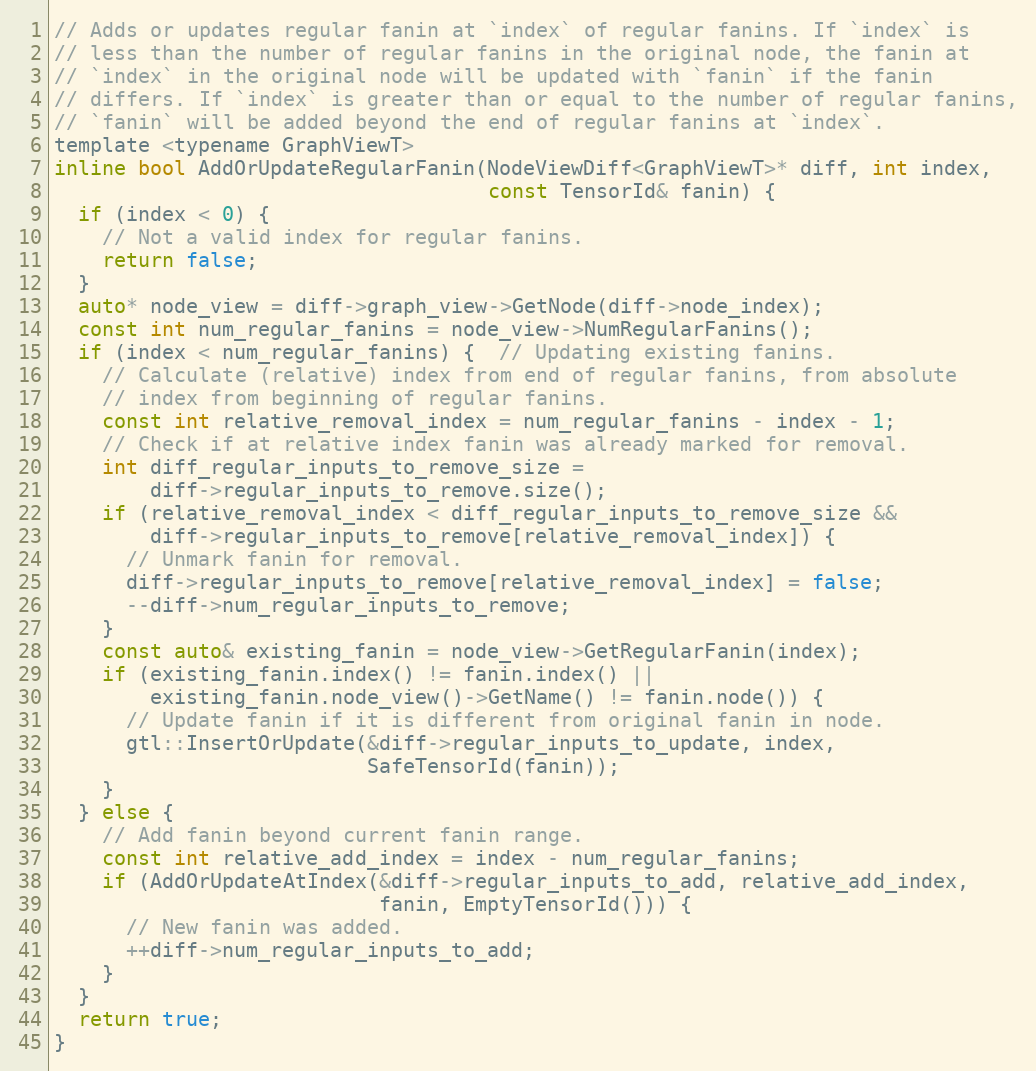
Language: C
// Adds or updates regular fanin at `index` of regular fanins. If `index` is
// less than the number of regular fanins in the original node, the fanin at
// `index` in the original node will be updated with `fanin` if the fanin
// differs. If `index` is greater than or equal to the number of regular fanins,
// `fanin` will be added beyond the end of regular fanins at `index`.
template <typename GraphViewT>
inline bool AddOrUpdateRegularFanin(NodeViewDiff<GraphViewT>* diff, int index,
                                    const TensorId& fanin) {
  if (index < 0) {
    // Not a valid index for regular fanins.
    return false;
  }
  auto* node_view = diff->graph_view->GetNode(diff->node_index);
  const int num_regular_fanins = node_view->NumRegularFanins();
  if (index < num_regular_fanins) {  // Updating existing fanins.
    // Calculate (relative) index from end of regular fanins, from absolute
    // index from beginning of regular fanins.
    const int relative_removal_index = num_regular_fanins - index - 1;
    // Check if at relative index fanin was already marked for removal.
    int diff_regular_inputs_to_remove_size =
        diff->regular_inputs_to_remove.size();
    if (relative_removal_index < diff_regular_inputs_to_remove_size &&
        diff->regular_inputs_to_remove[relative_removal_index]) {
      // Unmark fanin for removal.
      diff->regular_inputs_to_remove[relative_removal_index] = false;
      --diff->num_regular_inputs_to_remove;
    }
    const auto& existing_fanin = node_view->GetRegularFanin(index);
    if (existing_fanin.index() != fanin.index() ||
        existing_fanin.node_view()->GetName() != fanin.node()) {
      // Update fanin if it is different from original fanin in node.
      gtl::InsertOrUpdate(&diff->regular_inputs_to_update, index,
                          SafeTensorId(fanin));
    }
  } else {
    // Add fanin beyond current fanin range.
    const int relative_add_index = index - num_regular_fanins;
    if (AddOrUpdateAtIndex(&diff->regular_inputs_to_add, relative_add_index,
                           fanin, EmptyTensorId())) {
      // New fanin was added.
      ++diff->num_regular_inputs_to_add;
    }
  }
  return true;
}